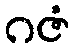
ဂဇံ